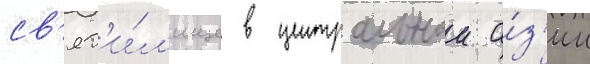
св'ят'и́л'ище в центральнои а́з'ии